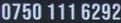
0750 111 6292